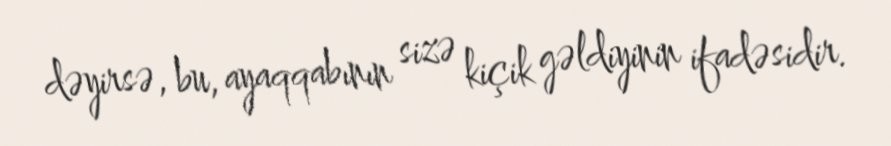
dəyirsə, bu, ayaqqabının sizə kiçik gəldiyinin ifadəsidir.